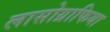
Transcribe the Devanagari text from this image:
लासोग्राफिया